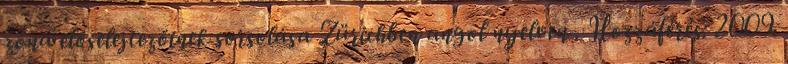
zóna előselejtezőinek sorsolása Zürichben angol nyelven . Hozzáférés: 2009.